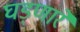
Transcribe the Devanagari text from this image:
घड्णारे